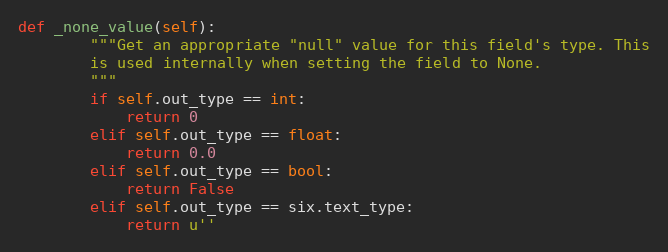
Language: Python
def _none_value(self):
        """Get an appropriate "null" value for this field's type. This
        is used internally when setting the field to None.
        """
        if self.out_type == int:
            return 0
        elif self.out_type == float:
            return 0.0
        elif self.out_type == bool:
            return False
        elif self.out_type == six.text_type:
            return u''